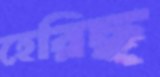
হেরিছ